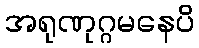
အရုဏုဂ္ဂမနေပိ